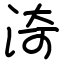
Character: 渏